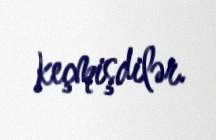
keçmişdilər.